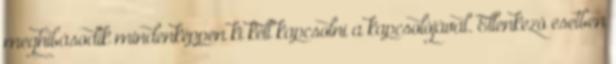
meghibásodik mindenképpen ki kell kapcsolni a kapcsolójával. Ellenkezõ esetben